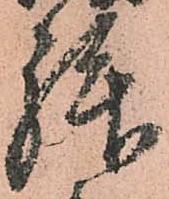
拝